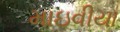
માઇવીયા